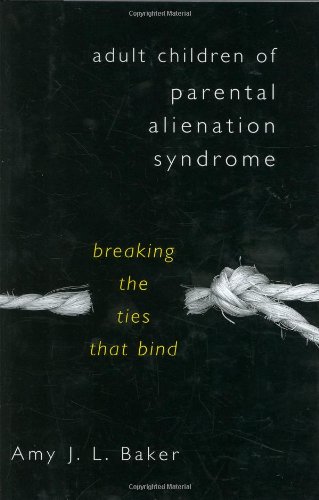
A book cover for Adult Children of Parental Alienation Syndrome: Breaking the Ties That Bind (Norton Professional Book); Amy J. L. Baker; Parenting & Relationships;